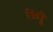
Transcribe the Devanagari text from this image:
लगूँ